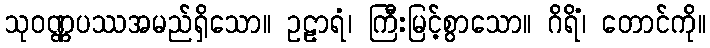
သုဝဏ္ဏပဿအမည်ရှိသော။ ဥဠာရံ၊ ကြီးမြင့်စွာသော။ ဂိရိံ၊ တောင်ကို။